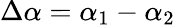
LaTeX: \Delta\alpha=\alpha_{1}-\alpha_{2}